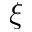
\xi